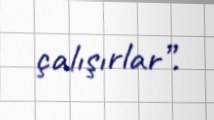
çalışırlar”.